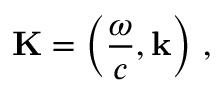
\mathbf { K } = \left( { \frac { \omega } { c } } , \mathbf { k } \right) \, ,